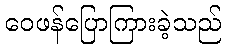
ဝေဖန်ပြောကြားခဲ့သည်